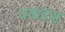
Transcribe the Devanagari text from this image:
पकहंस